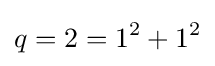
q=2=1^{2}+1^{2}